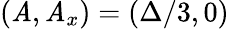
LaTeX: (\mathit{A},\mathit{A}_{x})=(\Delta/3,0)